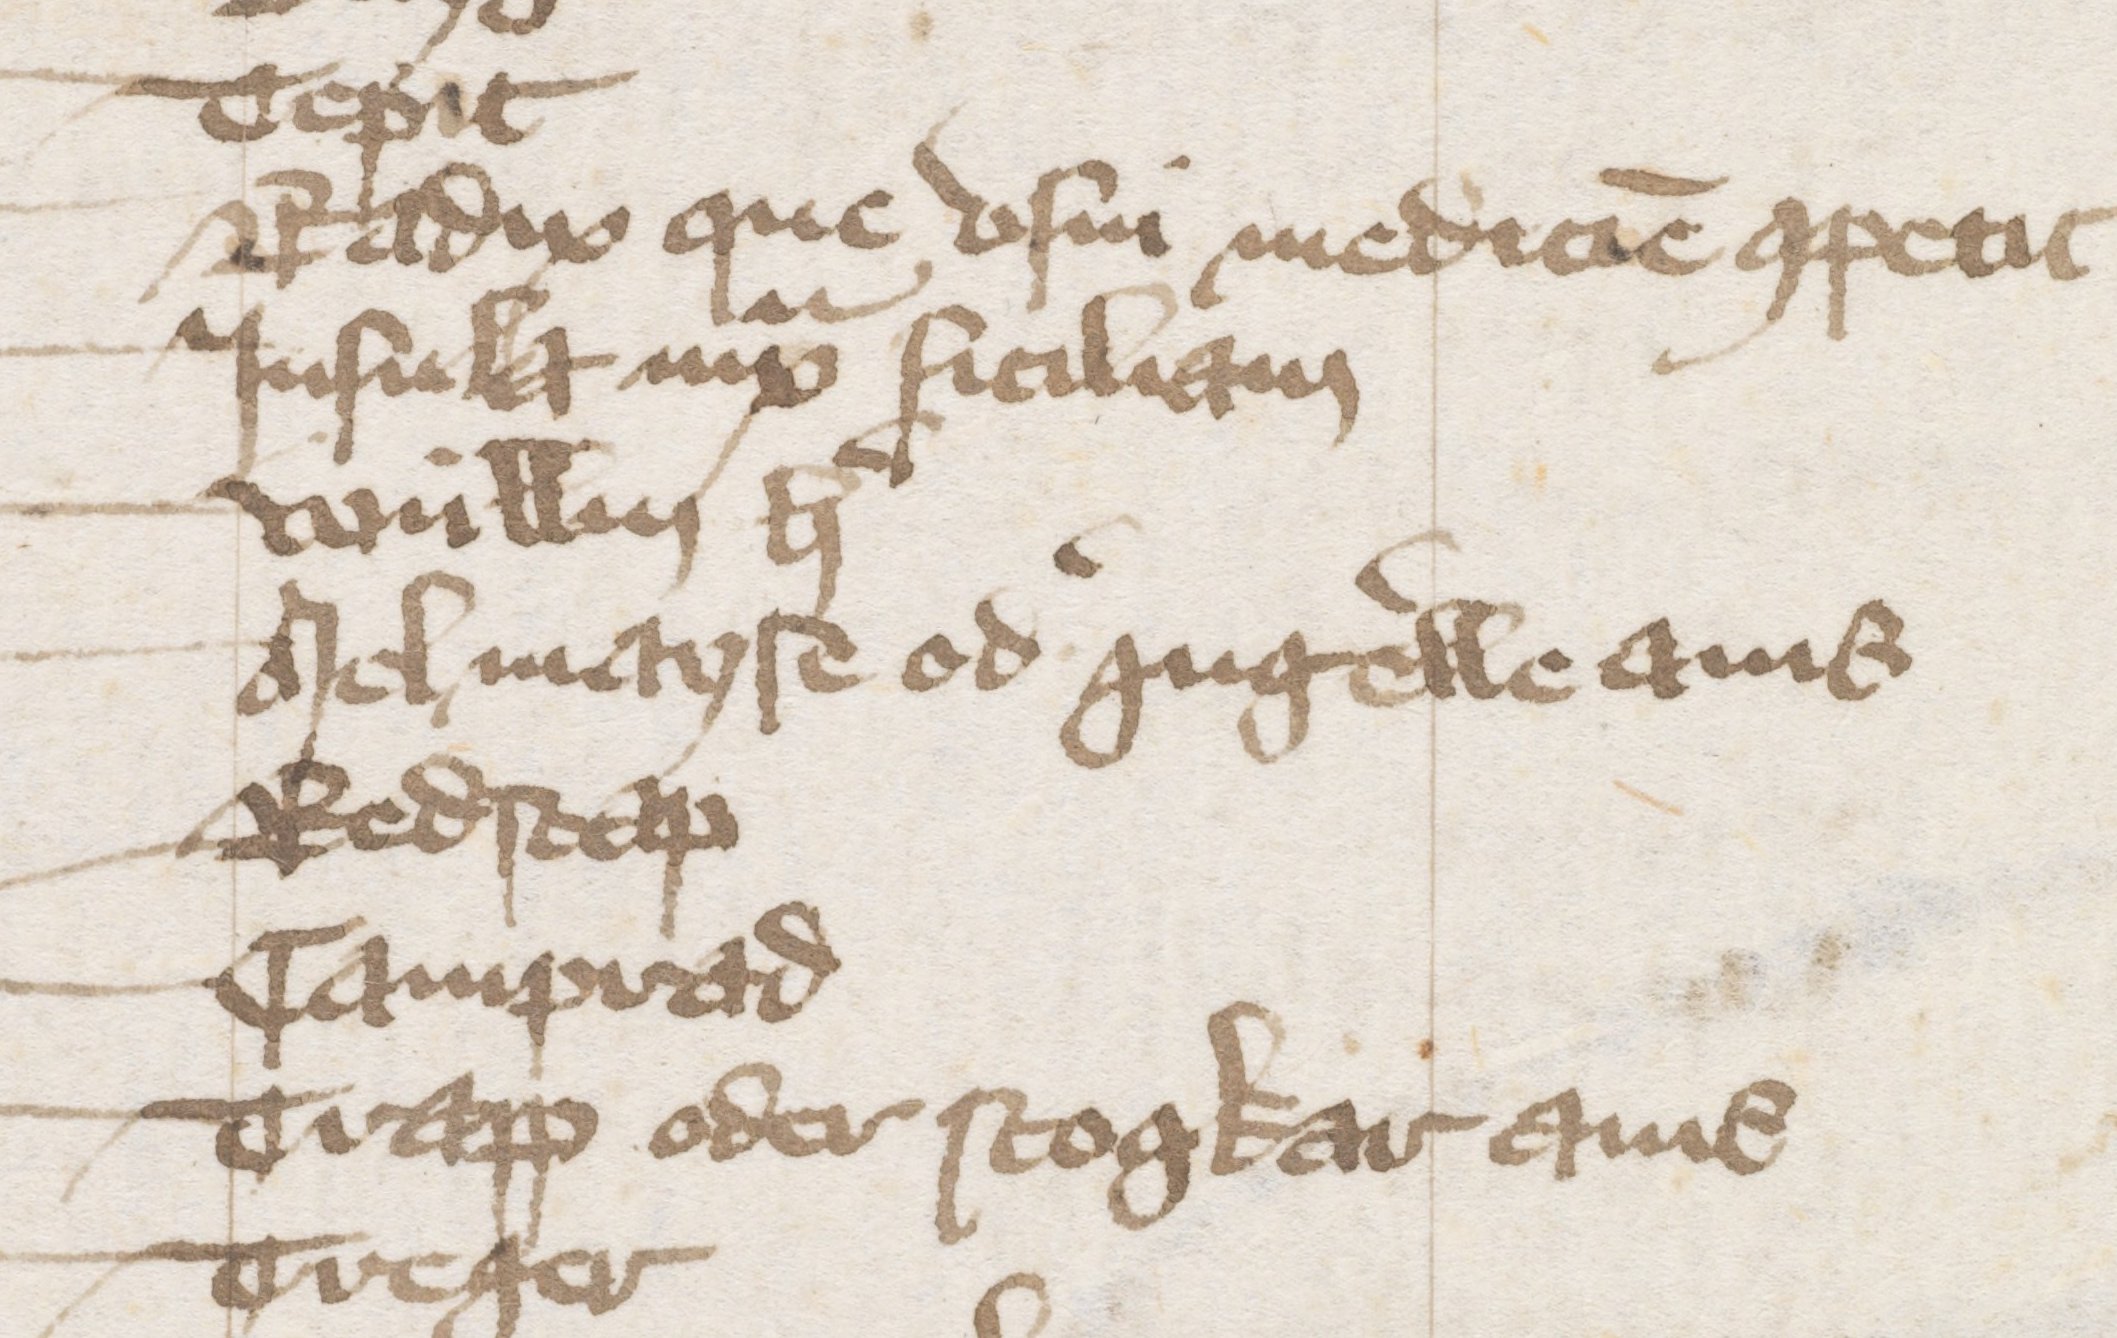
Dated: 1384–1384